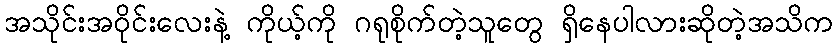
အသိုင်းအဝိုင်းလေးနဲ့ ကိုယ့်ကို ဂရုစိုက်တဲ့သူတွေ ရှိနေပါလားဆိုတဲ့အသိက